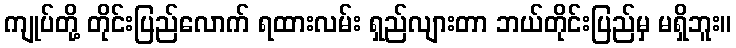
ကျုပ်တို့ တိုင်းပြည်လောက် ရထားလမ်း ရှည်လျားတာ ဘယ်တိုင်းပြည်မှ မရှိဘူး။